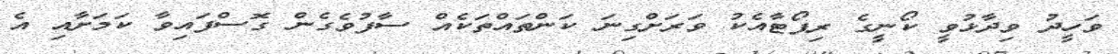
ވަހީދު ވިދާޅުވީ ކޯނީގެ ރިޕޯޓާއެކު ވަރަށްގިނަ ކަންތައްތަކެއް ސާފުވެގެން ގޮސްފައިވާ ކަމަށާއި އެ